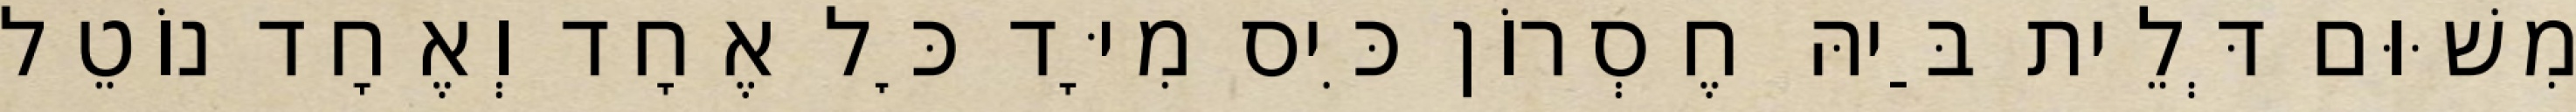
מִשּׁוּם דְּלֵית בַּיהּ חֶסְרוֹן כִּיס מִיָּד כׇּל אֶחָד וְאֶחָד נוֹטֵל